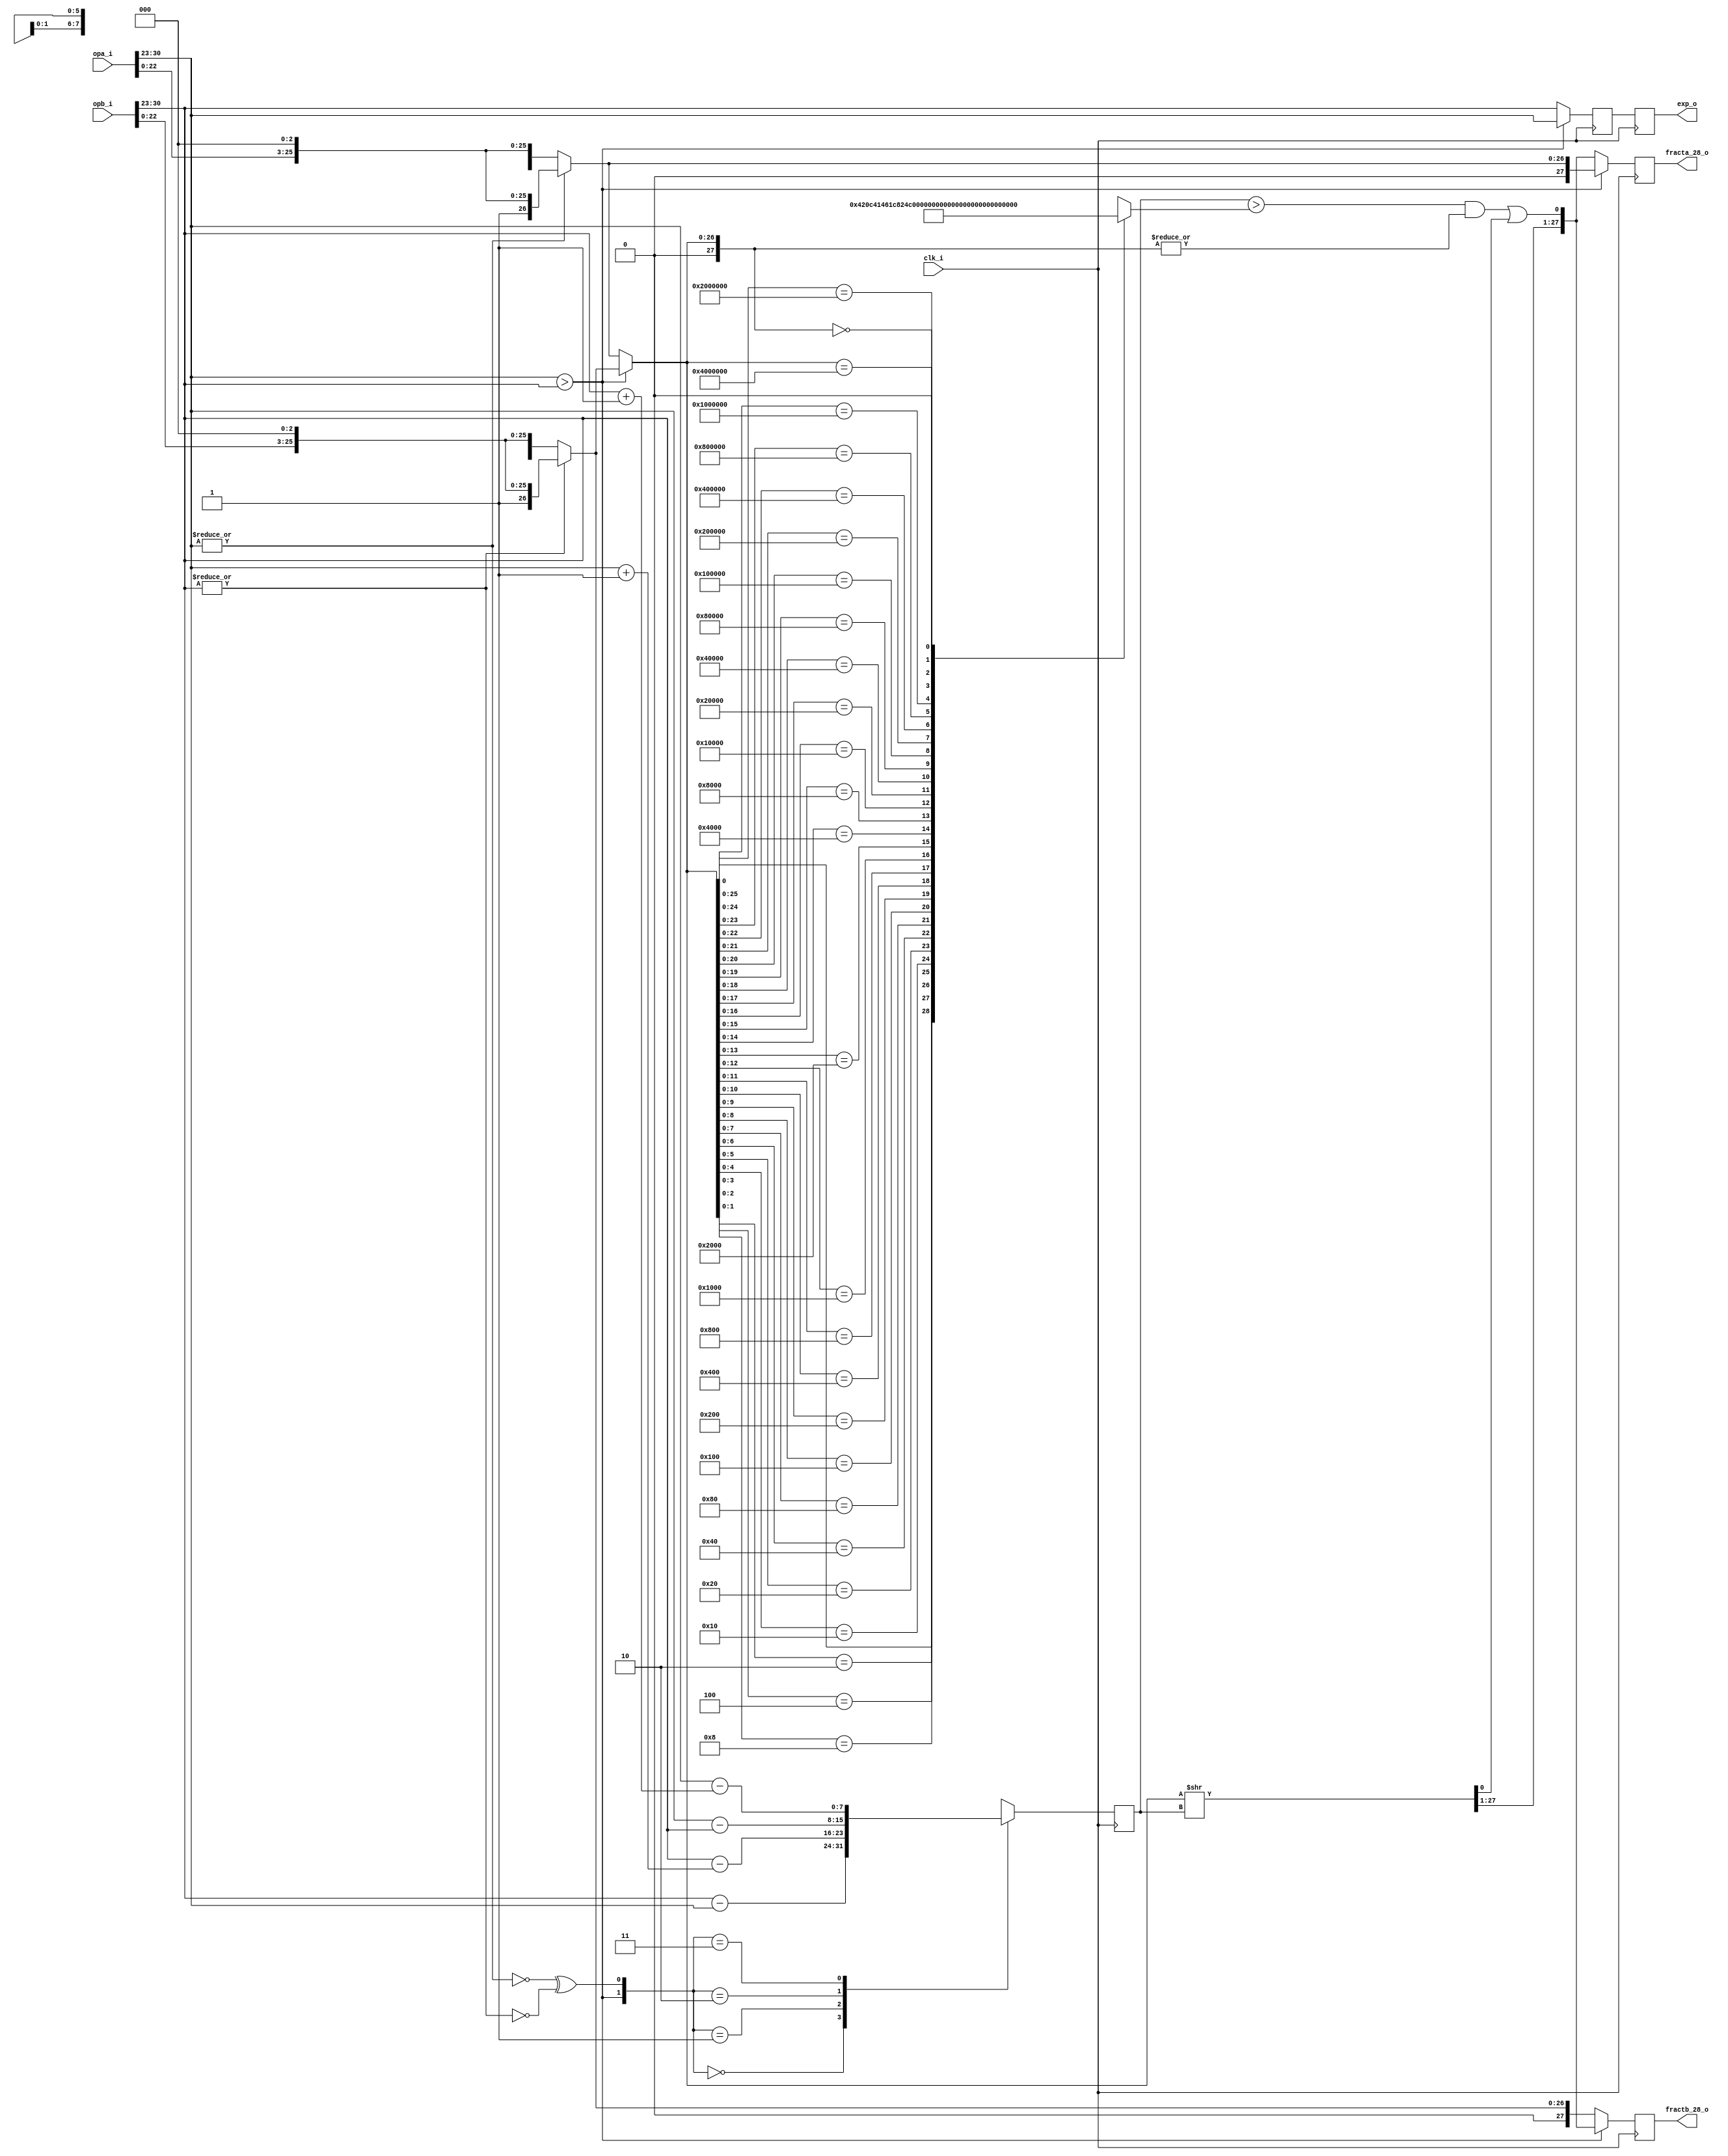
//////////////////////////////////////////////////////////////////////
////                                                              ////
////  or1200_fpu_pre_norm_addsub                                  ////
////                                                              ////
////  This file is part of the OpenRISC 1200 project              ////
////  http://opencores.org/project,or1k                           ////
////                                                              ////
////  Description                                                 ////
////  pre-normalization entity for the addition/subtraction unit  ////
////                                                              ////
////  To Do:                                                      ////
////                                                              ////
////                                                              ////
////  Author(s):                                                  ////
////      - Original design (FPU100) -                            ////
////        Jidan Al-eryani, jidan@gmx.net                        ////
////      - Conv. to Verilog and inclusion in OR1200 -            ////
////        Julius Baxter, julius@opencores.org                   ////
////                                                              ////
//////////////////////////////////////////////////////////////////////
//
//  Copyright (C) 2006, 2010
//
//	This source file may be used and distributed without        
//	restriction provided that this copyright statement is not   
//	removed from the file and that any derivative work contains 
//	the original copyright notice and the associated disclaimer.
//                                                           
//		THIS SOFTWARE IS PROVIDED ``AS IS'' AND WITHOUT ANY     
//	EXPRESS OR IMPLIED WARRANTIES, INCLUDING, BUT NOT LIMITED   
//	TO, THE IMPLIED WARRANTIES OF MERCHANTABILITY AND FITNESS   
//	FOR A PARTICULAR PURPOSE. IN NO EVENT SHALL THE AUTHOR      
//	OR CONTRIBUTORS BE LIABLE FOR ANY DIRECT, INDIRECT,         
//	INCIDENTAL, SPECIAL, EXEMPLARY, OR CONSEQUENTIAL DAMAGES    
//	(INCLUDING, BUT NOT LIMITED TO, PROCUREMENT OF SUBSTITUTE   
//	GOODS OR SERVICES; LOSS OF USE, DATA, OR PROFITS; OR        
//	BUSINESS INTERRUPTION) HOWEVER CAUSED AND ON ANY THEORY OF  
//	LIABILITY, WHETHER IN  CONTRACT, STRICT LIABILITY, OR TORT  
//	(INCLUDING NEGLIGENCE OR OTHERWISE) ARISING IN ANY WAY OUT  
//	OF THE USE OF THIS SOFTWARE, EVEN IF ADVISED OF THE         
//	POSSIBILITY OF SUCH DAMAGE. 
//

module or1200_fpu_pre_norm_addsub (

			clk_i, 		
			opa_i,		
			opb_i,		
			fracta_28_o, 
			fractb_28_o,
			exp_o
			);

   parameter FP_WIDTH = 32;
   parameter MUL_SERIAL = 0; // 0 for parallel multiplier, 1 for serial
   parameter MUL_COUNT = 11; //11 for parallel multiplier, 34 for serial
   parameter FRAC_WIDTH = 23;
   parameter EXP_WIDTH = 8;
   parameter ZERO_VECTOR = 31'd0;
   parameter INF = 31'b1111111100000000000000000000000;
   parameter QNAN = 31'b1111111110000000000000000000000;
   parameter SNAN = 31'b1111111100000000000000000000001;


   input clk_i;
   input [FP_WIDTH-1:0] opa_i;
   input [FP_WIDTH-1:0] opb_i;
   // carry(1) & hidden(1) & fraction(23) & guard(1) & round(1) & sticky(1)
   output reg [FRAC_WIDTH+4:0] fracta_28_o;
   output reg [FRAC_WIDTH+4:0] fractb_28_o;
   output reg [EXP_WIDTH-1:0]  exp_o;
   
   reg [EXP_WIDTH-1 : 0]       s_exp_o ;
   wire [FRAC_WIDTH+4 : 0]     s_fracta_28_o, s_fractb_28_o ;
   wire [EXP_WIDTH-1 : 0]      s_expa;
   wire [EXP_WIDTH-1 : 0]      s_expb ;
   wire [FRAC_WIDTH-1 : 0]     s_fracta;
   wire [FRAC_WIDTH-1 : 0]     s_fractb ;
   wire [FRAC_WIDTH+4 : 0]     s_fracta_28;

   wire [FRAC_WIDTH+4 : 0]     s_fractb_28 ;
   
   wire [FRAC_WIDTH+4 : 0]     s_fract_sm_28;
   wire [FRAC_WIDTH+4 : 0]     s_fract_shr_28 ;
   
   reg [EXP_WIDTH-1 : 0]       s_exp_diff ;
   reg [5 : 0] 		       s_rzeros ;
   wire 		       s_expa_eq_expb;
   wire 		       s_expa_gt_expb;
   wire 		       s_fracta_1;
   wire 		       s_fractb_1;
   wire 		       s_op_dn,s_opa_dn, s_opb_dn;
   wire [1 : 0] 	       s_mux_diff ;
   wire 		       s_mux_exp;
   wire 		       s_sticky;


   assign s_expa = opa_i[30:23];
   assign s_expb = opb_i[30:23];
   assign s_fracta = opa_i[22:0];
   assign s_fractb = opb_i[22:0];
   
   always @(posedge clk_i)
     begin
	exp_o <= s_exp_o;
	fracta_28_o <= s_fracta_28_o;
	fractb_28_o <= s_fractb_28_o;	
     end
   
   assign s_expa_eq_expb = (s_expa == s_expb);
   
   assign s_expa_gt_expb = (s_expa > s_expb);
   
   // '1' if fraction is not zero
   assign s_fracta_1 = |s_fracta;
   assign s_fractb_1 = |s_fractb; 
   
   // opa or Opb is denormalized
   assign s_opa_dn = !(|s_expa);
   assign s_opb_dn = !(|s_expb);
   assign s_op_dn = s_opa_dn | s_opb_dn; 

   // Output larger exponent
   assign s_mux_exp = s_expa_gt_expb;
   
   always @(posedge clk_i)
     s_exp_o <= s_mux_exp ? s_expa : s_expb;
   
   // convert to an easy to handle floating-point format
   assign s_fracta_28 = s_opa_dn ? 
			{2'b00, s_fracta, 3'b000} : {2'b01, s_fracta, 3'b000};
   assign s_fractb_28 = s_opb_dn ? 
			{2'b00, s_fractb, 3'b000} : {2'b01, s_fractb, 3'b000};
   
   assign s_mux_diff = {s_expa_gt_expb, s_opa_dn ^ s_opb_dn};
   
   // calculate howmany postions the fraction will be shifted
   always @(posedge clk_i)
     begin
	case(s_mux_diff)
	   2'b00: s_exp_diff <= s_expb - s_expa;
	   2'b01: s_exp_diff <= s_expb - (s_expa + 8'd1);
	   2'b10: s_exp_diff <= s_expa - s_expb;
	   2'b11: s_exp_diff <= s_expa - (s_expb + 8'd1);
	endcase
     end
   
   assign s_fract_sm_28 =  s_expa_gt_expb ? s_fractb_28 : s_fracta_28;
   
   // shift-right the fraction if necessary
   assign s_fract_shr_28 = s_fract_sm_28 >> s_exp_diff;

   // count the zeros from right to check if result is inexact
   always @(s_fract_sm_28)
     casez(s_fract_sm_28) // synopsys full_case parallel_case
       28'b???????????????????????????1: s_rzeros = 0;
       28'b??????????????????????????10: s_rzeros = 1;
       28'b?????????????????????????100: s_rzeros = 2;
       28'b????????????????????????1000: s_rzeros = 3;
       28'b???????????????????????10000: s_rzeros = 4;
       28'b??????????????????????100000: s_rzeros = 5;
       28'b?????????????????????1000000: s_rzeros = 6;
       28'b????????????????????10000000: s_rzeros = 7;
       28'b???????????????????100000000: s_rzeros = 8;
       28'b??????????????????1000000000: s_rzeros = 9;
       28'b?????????????????10000000000: s_rzeros = 10;
       28'b????????????????100000000000: s_rzeros = 11;
       28'b???????????????1000000000000: s_rzeros = 12;
       28'b??????????????10000000000000: s_rzeros = 13;
       28'b?????????????100000000000000: s_rzeros = 14;
       28'b????????????1000000000000000: s_rzeros = 15;
       28'b???????????10000000000000000: s_rzeros = 16;
       28'b??????????100000000000000000: s_rzeros = 17;
       28'b?????????1000000000000000000: s_rzeros = 18;
       28'b????????10000000000000000000: s_rzeros = 19;
       28'b???????100000000000000000000: s_rzeros = 20;
       28'b??????1000000000000000000000: s_rzeros = 21;
       28'b?????10000000000000000000000: s_rzeros = 22;
       28'b????100000000000000000000000: s_rzeros = 23;
       28'b???1000000000000000000000000: s_rzeros = 24;
       28'b??10000000000000000000000000: s_rzeros = 25;
       28'b?100000000000000000000000000: s_rzeros = 26;
       28'b1000000000000000000000000000: s_rzeros = 27;
       28'b0000000000000000000000000000: s_rzeros = 28;
     endcase // casex (s_fract_sm_28)
   
   assign s_sticky = (s_exp_diff > {2'b00,s_rzeros}) & (|s_fract_sm_28);
   
   assign s_fracta_28_o = s_expa_gt_expb ?
			  s_fracta_28 :
			  {s_fract_shr_28[27:1],(s_sticky|s_fract_shr_28[0])};
   
   assign s_fractb_28_o =  s_expa_gt_expb ? 
			   {s_fract_shr_28[27:1],(s_sticky|s_fract_shr_28[0])} :
			   s_fractb_28;

endmodule // or1200_fpu_pre_norm_addsub